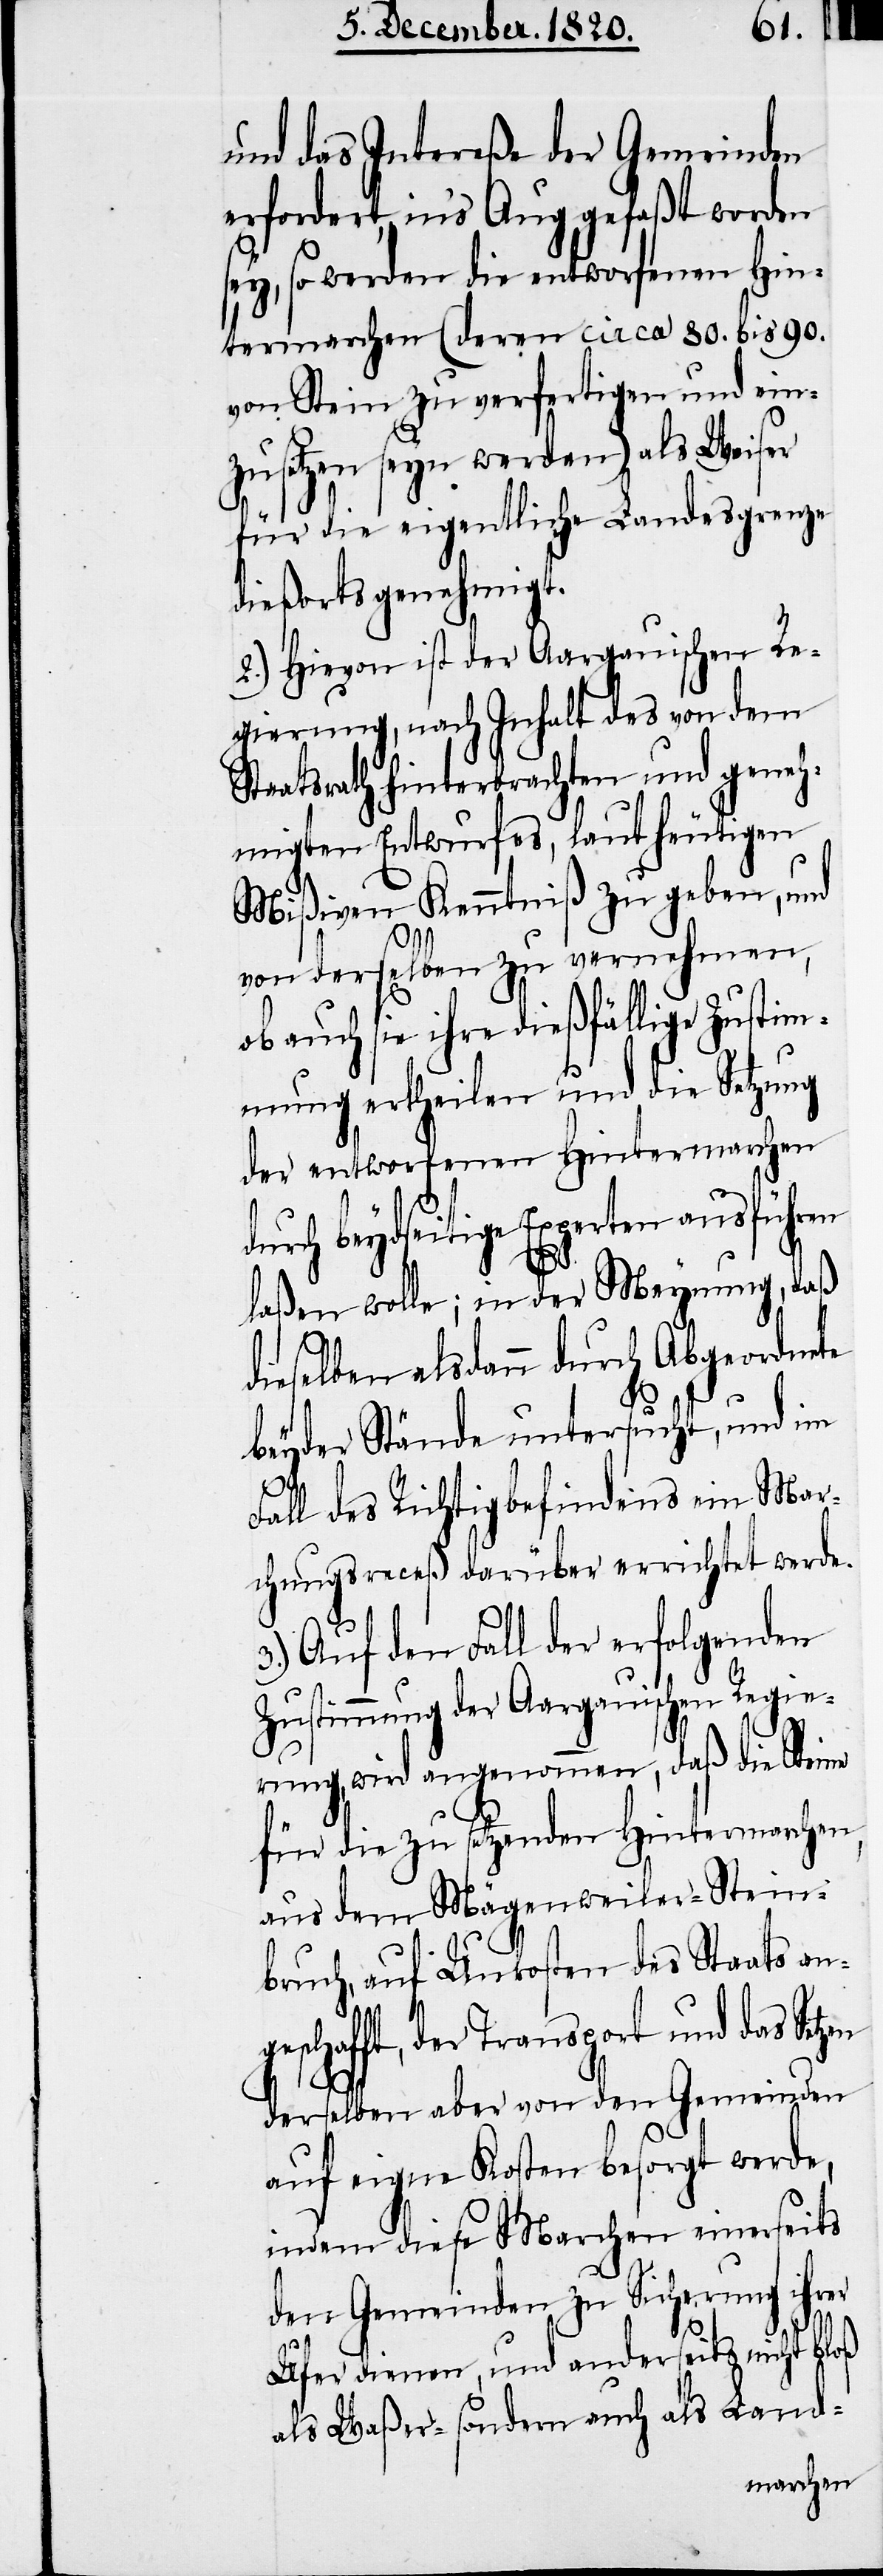
und das Intereße der Gemeinden
erfordert, in’s Aug gefaßt worden
sey, so werden die entworfenen Hin¬
termarchen (deren circa 80. bis 90.
von Stein zu verfertigen und ein¬
zusetzen seyn werden) als Weiser
für die eigentliche Landesgrenze
dießorts genehmigt.
2.) Hievon ist der Aargauischen Re¬
gierung, nach Inhalt des von dem
Staatsrath hinterbrachten und geneh¬
migten Entwurfes, lauft heutigen
Mißiven Kenntniß zu geben, und
von derselben zu vernehmen,
ob auch sie ihre dießfällige Zustim¬
mung ertheilen und die Setzung
der entworfenen Hintermarchen
urch beydseitige Experten ausführen
laßen wolle; in der Meynung, daß
dieselben alsdann durch Abgeordnete
d¬
beyder Stände untersucht, und im
Fall des Richtigbefindens ein Mar¬
chungsreceß darüber errichtet werde.
3.) Auf den Fall der erfolgenden
Zustimmung der Aargauischen Regie¬
rung, wird angenommen, daß die Steine
für die zu setzenden Hintermarchen,
aus dem Mägenweiler-Stein¬
bruch, auf Unkosten des Staats an¬
geschafft, der Transport und das Setzen
derselben aber von den Gemeinden
auf eigene Kosten besorgt werde,
indem diese Marchen einerseits
den Gemeinden zu Sicherung ihrer
Ufer dienen, und anderseits nicht bloß
als Waßer- sondern auch als Land-